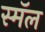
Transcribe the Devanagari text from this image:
स्मॅल